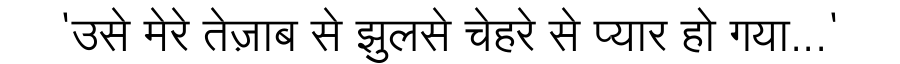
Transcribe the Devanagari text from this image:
'उसे मेरे तेज़ाब से झुलसे चेहरे से प्यार हो गया...'